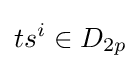
ts^{i}\in D_{2p}